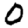
Digit: 0